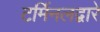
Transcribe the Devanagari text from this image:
टर्मिनलद्वारे